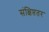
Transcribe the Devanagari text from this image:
संक्षिप्ततर